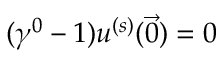
( \gamma ^ { 0 } - 1 ) u ^ { ( s ) } ( { \vec { 0 } } ) = 0